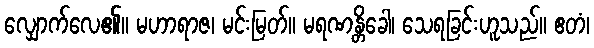
လျှောက်လေ၏။ မဟာရာဇ၊ မင်းမြတ်။ မရဏန္တိခေါ၊ သေရခြင်းဟူသည်။ ဧတံ၊